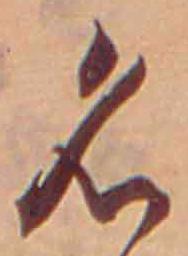
名